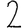
Digit: 2